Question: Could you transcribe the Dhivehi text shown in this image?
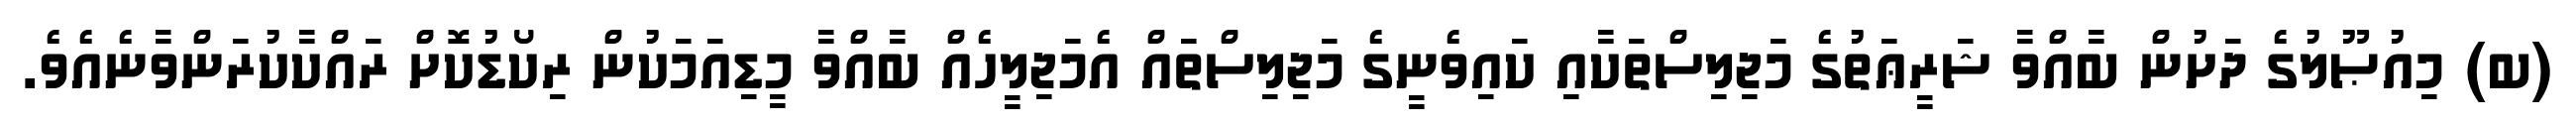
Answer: (ބ) މިއުޞޫލުގެ ދަށުން ބާއްވާ ޝަރީޢަތުގެ މަޖިލިސްތަކާއި ކައިވެނީގެ މަޖިލިސްތައް އެމަޖިލީހެއް ބާއްވާ މީޑިއަމަކުން ރިކޯޑުކޮށް ރައްކާކުރަންވާނެއެވެ.